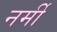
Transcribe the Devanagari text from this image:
नर्मी